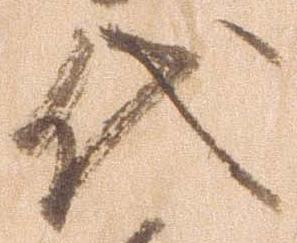
代